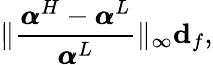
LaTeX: \| \frac{\pmb{\alpha}^{H}-\pmb{\alpha}^{L}}{\pmb{\alpha}^{L}}\| _{\infty}\le d_{f},